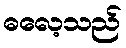
ဓလေ့သည်